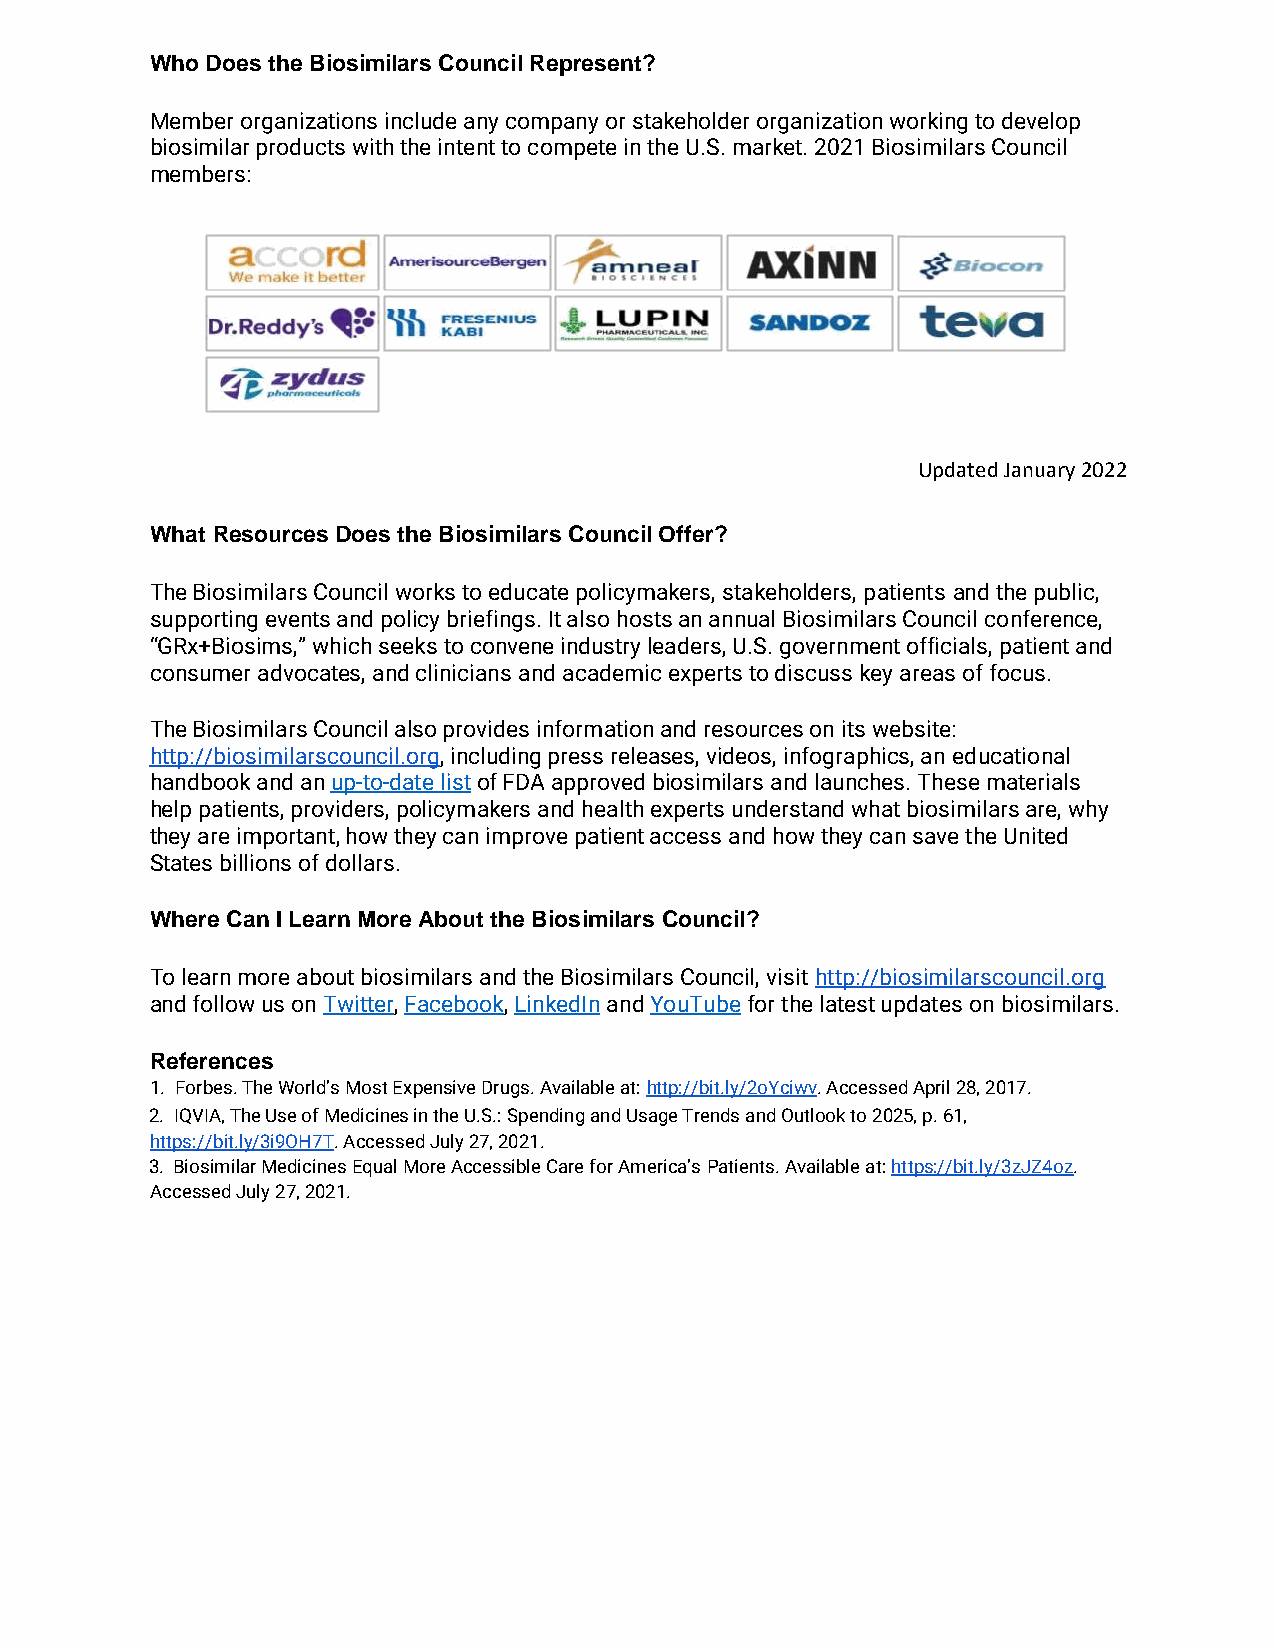
Who Does the Biosimilars Council Represent?
 Member organizations include any company or stakeholder organization working to develop
 biosimilar products with the intent to compete in the U.S. market. 2021 Biosimilars Council
 members:
 Updated January 2022
 What Resources Does the Biosimilars Council Offer?
 The Biosimilars Council works to educate policymakers, stakeholders, patients and the public,
 supporting events and policy briefings. It also hosts an annual Biosimilars Council conference,
 “GRx+Biosims,” which seeks to convene industry leaders, U.S. government officials, patient and
 consumer advocates, and clinicians and academic experts to discuss key areas of focus.
 The Biosimilars Council also provides information and resources on its website:
 http://biosimilarscouncil.org, including press releases, videos, infographics, an educational
 handbook and an up-to-date list of FDA approved biosimilars and launches. These materials
 help patients, providers, policymakers and health experts understand what biosimilars are, why
 they are important, how they can improve patient access and how they can save the United
 States billions of dollars.
 Where Can I Learn More About the Biosimilars Council?
 To learn more about biosimilars and the Biosimilars Council, visit http://biosimilarscouncil.org
 and follow us on Twitter, Facebook, LinkedIn and YouTube for the latest updates on biosimilars.
 References
 1. Forbes. The World’s Most Expensive Drugs. Available at: http://bit.ly/2oYciwv. Accessed April 28, 2017.
 2. IQVIA, The Use of Medicines in the U.S.: Spending and Usage Trends and Outlook to 2025, p. 61,
 https://bit.ly/3i9OH7T. Accessed July 27, 2021.
 3. Biosimilar Medicines Equal More Accessible Care for America’s Patients. Available at: https://bit.ly/3zJZ4oz.
 Accessed July 27, 2021.